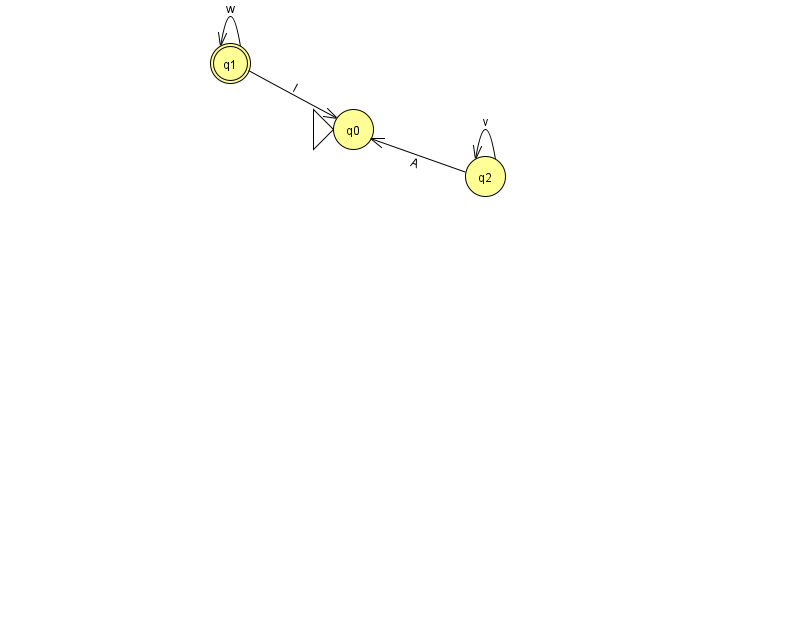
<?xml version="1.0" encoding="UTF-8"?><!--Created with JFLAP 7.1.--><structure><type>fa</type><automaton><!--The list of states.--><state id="0" name="q0"><x>353.0</x><y>116.0</y><initial/></state><state id="1" name="q1"><x>230.0</x><y>50.0</y><final/></state><state id="2" name="q2"><x>485.0</x><y>163.0</y></state><!--The list of transitions.--><transition><from>2</from><to>2</to><read>v</read></transition><transition><from>1</from><to>1</to><read>w</read></transition><transition><from>1</from><to>0</to><read>l</read></transition><transition><from>2</from><to>0</to><read>A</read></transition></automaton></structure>